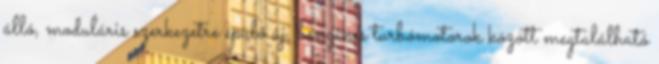
álló, moduláris szerkezetre épülő új, benzines turbómotorok között megtalálható